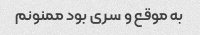
به موقع و سری بود ممنونم